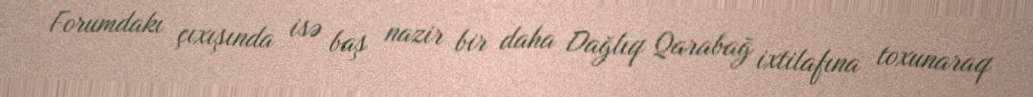
Forumdakı çıxışında isə baş nazir bir daha Dağlıq Qarabağ ixtilafına toxunaraq